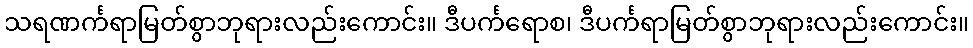
သရဏင်္ကရာမြတ်စွာဘုရားလည်းကောင်း။ ဒီပင်္ကရောစ၊ ဒီပင်္ကရာမြတ်စွာဘုရားလည်းကောင်း။